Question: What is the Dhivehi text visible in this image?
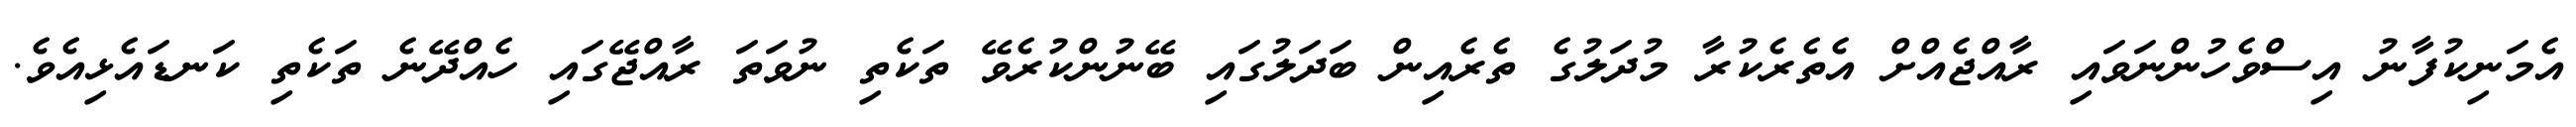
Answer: އެމަނިކުފާނު އިސްވެހުންނަވައި ރާއްޖެއްށް އެތެރެކުރާ މުދަލުގެ ތެރެއިން ބަދަލުގައި ބޭނުންކުރެވޭ ތަކެތި ނުވަތަ ރާއްޖޭގައި ހެއްދޭނެ ތަކެތި ކަނޑައެޅިއެވެ.